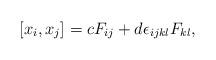
LaTeX: \begin{align*}\hspace{+5em} [x_i,x_j] = cF_{ij}+d\epsilon_{ijkl}F_{kl},\end{align*}